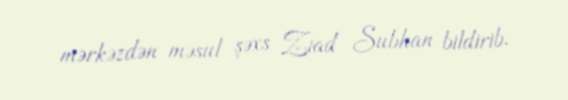
mərkəzdən məsul şəxs Ziad Subhan bildirib.